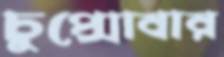
চুপ্‌সোবার